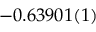
- 0 . 6 3 9 0 1 ( 1 )